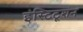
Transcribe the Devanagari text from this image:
इंस्टिटूशन